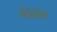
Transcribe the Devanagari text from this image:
चंद्रद्वार